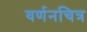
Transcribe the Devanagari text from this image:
वर्णनचित्र